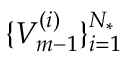
\{ V _ { m - 1 } ^ { ( i ) } \} _ { i = 1 } ^ { { N _ { * } } }